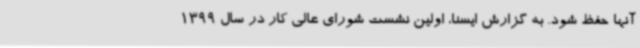
آنها حفظ شود. به گزارش ایسنا، اولین نشست شورای عالی کار در سال 1399